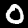
Digit: 0